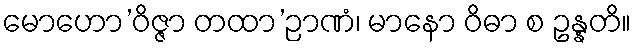
မောဟော’ဝိဇ္ဇာ တထာ’ဉာဏံ၊ မာနော ဝိဓာ စ ဥန္နတိ။